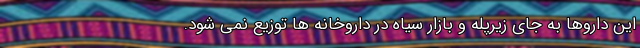
این داروها به جای زیرپله و بازار سیاه در داروخانه ها توزیع نمی شود.